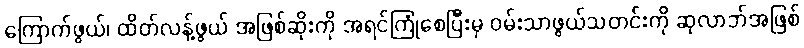
ကြောက်ဖွယ်၊ ထိတ်လန့်ဖွယ် အဖြစ်ဆိုးကို အရင်ကြုံစေပြီးမှ ဝမ်းသာဖွယ်သတင်းကို ဆုလာဘ်အဖြစ်